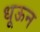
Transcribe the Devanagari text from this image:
धूऊन